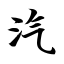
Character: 汽